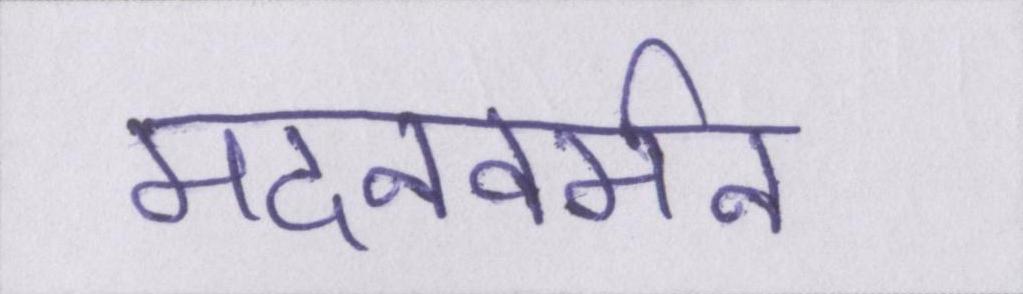
मदनवर्मन